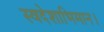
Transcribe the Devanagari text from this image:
स्वदेशाभिमान।